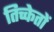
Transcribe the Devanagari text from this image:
तिच्केतों